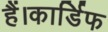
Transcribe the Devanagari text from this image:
हैं।कार्डिफ